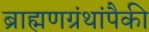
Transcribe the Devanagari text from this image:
ब्राह्मणग्रंथांपैकी